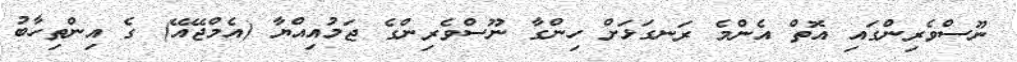
ނޫސްވެރިންގައި އޮތް އެންމެ ރަނގަޅަށް ހިންގާ ނޫސްވެރިންގެ ޖަމުއިއްޔާ (އެމްޖޭއޭ) ގެ އިންތިހާބު